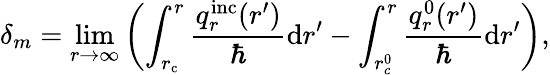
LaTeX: \delta_{m}=\operatorname*{lim}_{r\to\infty}\left(\int_{r_{\mathrm{c}}}^{r}\frac{q_{r}^{\mathrm{inc}}(r^{\prime})}{\hbar}\mathrm{d}r^{\prime}-\int_{r_{c}^{0}}^{r}\frac{q_{r}^{0}(r^{\prime})}{\hbar}\mathrm{d}r^{\prime}\right),